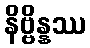
နိဗ္ဗိန္နဿ